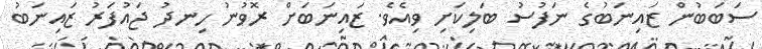
ސަބަބުން ޒައިނަބުގެ ނަފުސު ބަލިކަށި ވިއެވެ. ޒައިނަބަށް ރޮވުނު ހިނދު ޖައުފަރު ޒައިނަބު